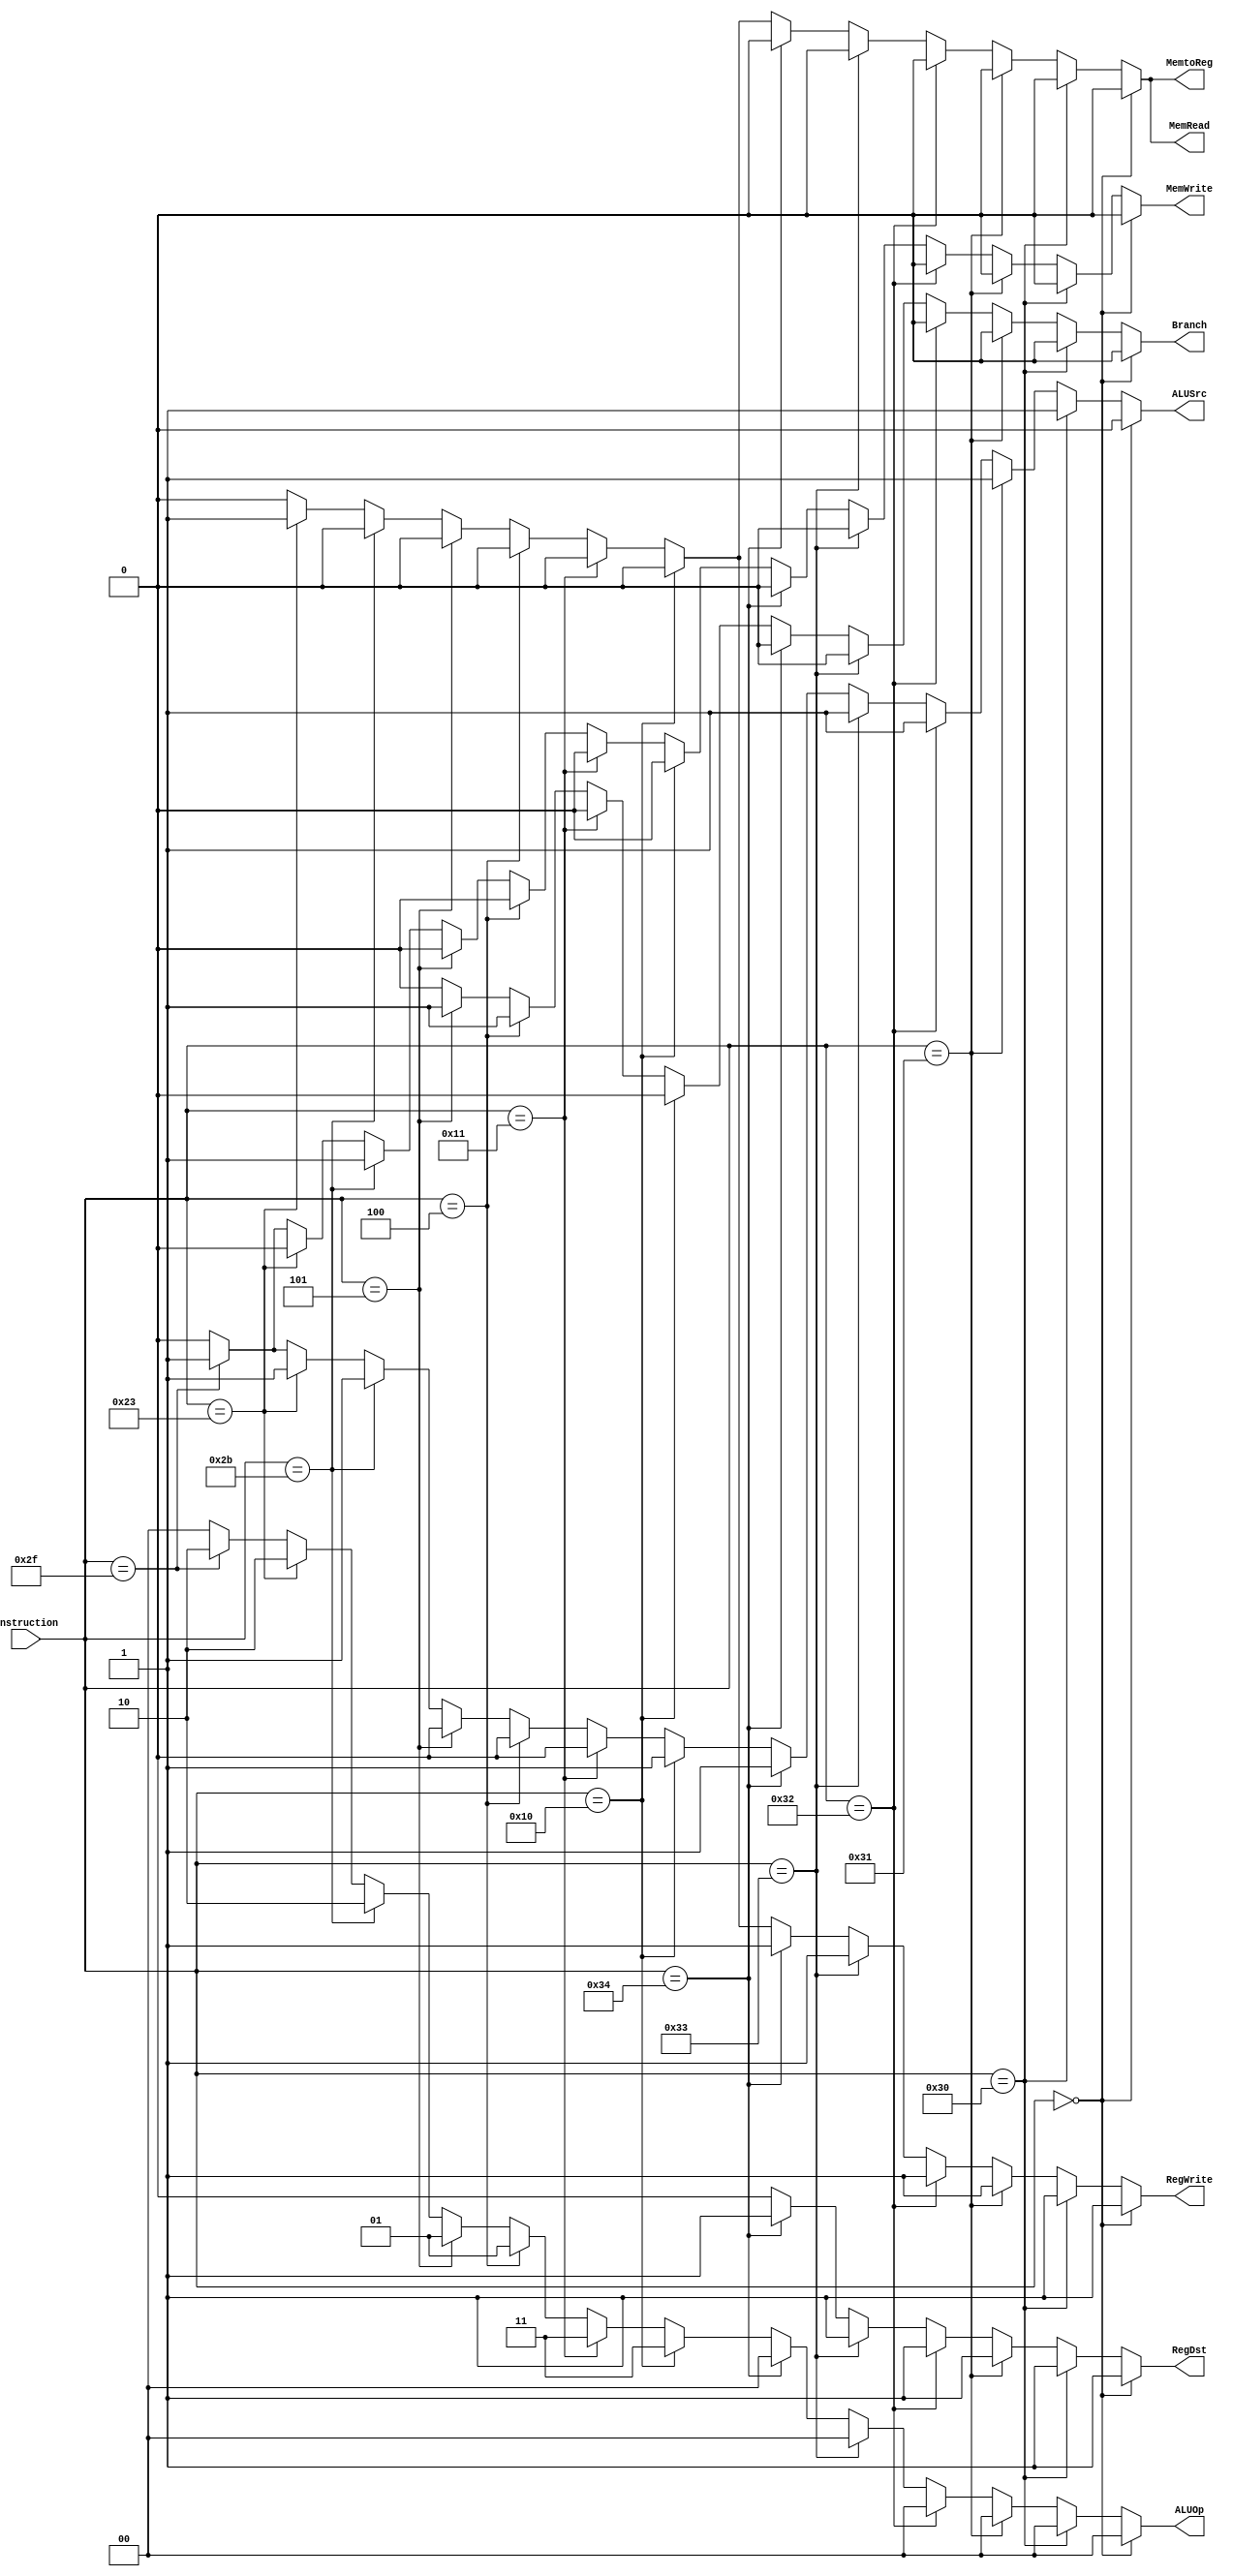
`timescale 1ns / 1ns

module control(
      input [5:0] instruction,
      output reg [1:0] ALUOp,
      output reg MemRead,
      output reg MemtoReg,
      output reg RegDst,
      output reg Branch, 
      output reg ALUSrc,
      output reg MemWrite,
      output reg RegWrite
      );


always @(*) begin
      if (instruction == 6'b00_0000) begin            //RType
      ALUOp = 2'b00;
      MemRead = 1'b0;
      MemtoReg = 1'b0;
      RegDst = 1'b1;
        Branch = 1'b0;      
       ALUSrc = 1'b0;
      MemWrite = 1'b0;
      RegWrite = 1'b1;
      end 
      
      else if (instruction == 6'b11_0000) begin  //IType ADDI
      ALUOp = 2'b00;
      MemRead = 1'b0;
      MemtoReg = 1'b0; 
      RegDst = 1'b1;
        Branch = 1'b0;      
       ALUSrc = 1'b1;
      MemWrite = 1'b0;
      RegWrite = 1'b1;
      end 
      
      else if (instruction == 6'b11_0001) begin  //IType SUBI
      ALUOp = 2'b00;
      MemRead = 1'b0;
      MemtoReg = 1'b0; 
      RegDst = 1'b1;
        Branch = 1'b0;      
       ALUSrc = 1'b1;
      MemWrite = 1'b0;
      RegWrite = 1'b1;
      end 
      
      else if (instruction == 6'b11_0010) begin  //IType ANDI
      ALUOp = 2'b00;
      MemRead = 1'b0;
      MemtoReg = 1'b0; 
      RegDst = 1'b1;
        Branch = 1'b0;      
       ALUSrc = 1'b1;
      MemWrite = 1'b0;
      RegWrite = 1'b1;
      end
       
      else if (instruction == 6'b11_0011) begin  //IType ORI
      ALUOp = 2'b00;
      MemRead = 1'b0;
      MemtoReg = 1'b0; 
      RegDst = 1'b1;
        Branch = 1'b0;      
       ALUSrc = 1'b1;
      MemWrite = 1'b0;
      RegWrite = 1'b1;
      end 
      
      else if (instruction == 6'b11_0100) begin  //IType SLTI
      ALUOp = 2'b00;
      MemRead = 1'b0;
      MemtoReg = 1'b0; 
      RegDst = 1'b1;
        Branch = 1'b0;      
       ALUSrc = 1'b1;
      MemWrite = 1'b0;
      RegWrite = 1'b1;
      end 
      
      else if (instruction == 6'b01_0000) begin   //J
      ALUOp = 2'b11;
      MemRead = 1'b0;
      MemtoReg = 1'b0;
      RegDst = 1'b0;
        Branch = 1'b0;      
       ALUSrc = 1'b1;
      MemWrite = 1'b0;
      RegWrite = 1'b0;
      end
      
      else if (instruction == 6'b01_0001) begin   //JR
      ALUOp = 2'b11;
      MemRead = 1'b0;
      MemtoReg = 1'b0;
      RegDst = 1'b0;
        Branch = 1'b0;      
       ALUSrc = 1'b0;
      MemWrite = 1'b0;
      RegWrite = 1'b0;
      end
      
      
      else if (instruction == 6'b00_0100) begin   // beq
      ALUOp = 2'b01;
      MemRead = 1'b0;
      MemtoReg = 1'b0;
      RegDst = 1'b0;
        Branch = 1'b1;      
       ALUSrc = 1'b0;
      MemWrite = 1'b0;
      RegWrite = 1'b0;
      
      
      end else if (instruction == 6'b00_0101) begin   // bne
      ALUOp = 2'b01;
      MemRead = 1'b0;
      MemtoReg = 1'b0;
      RegDst = 1'b0;
        Branch = 1'b1;      
       ALUSrc = 1'b0;
      MemWrite = 1'b0;
      RegWrite = 1'b0;
      
      
      end else if (instruction == 6'b10_1011) begin   // sw
      ALUOp = 2'b10;
      MemRead = 1'b0;
      MemtoReg = 1'b0;
      RegDst = 1'b0;
      Branch = 1'b0;      
      ALUSrc = 1'b1;
      MemWrite = 1'b1;
      RegWrite = 1'b0;
      end else if (instruction == 6'b10_0011) begin   // lw
      ALUOp = 2'b10;
      MemRead = 1'b1;
      MemtoReg = 1'b1;
      RegDst = 1'b0;
      Branch = 1'b0;      
      ALUSrc = 1'b1;
      MemWrite = 1'b0;
      RegWrite = 1'b1;
      
      end else if (instruction == 6'b10_1111) begin   // lui
      ALUOp = 2'b10;
      MemRead = 1'b0;
      MemtoReg = 1'b0;
      RegDst = 1'b0;
      Branch = 1'b0;      
      ALUSrc = 1'b1;
      MemWrite = 1'b1;
      RegWrite = 1'b0;
      
      end else begin
      ALUOp = 2'b00;
      MemRead = 1'b0;
      MemtoReg = 1'b0;
      RegDst = 1'b0;
      Branch = 1'b0;      
      ALUSrc = 1'b0;
      MemWrite = 1'b0;
      RegWrite = 1'b0;
      end
   
   
end
endmodule